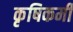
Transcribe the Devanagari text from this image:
कृषिकर्मी